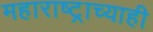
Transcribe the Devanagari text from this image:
महाराष्ट्राच्याही